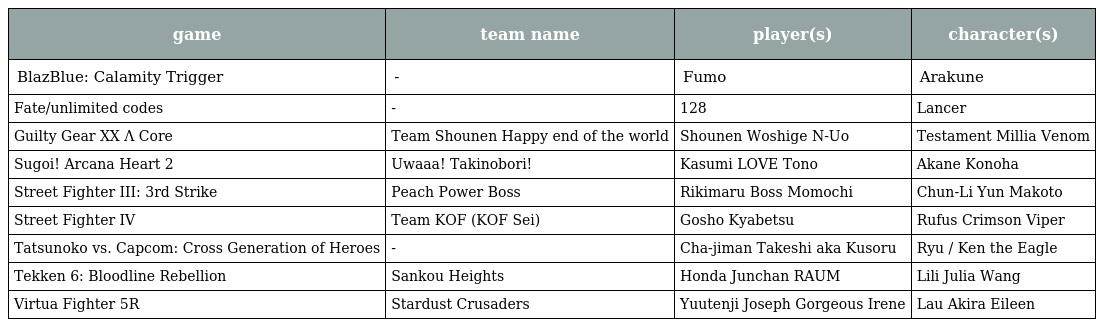
| game | team name | player(s) | character(s) |
 | --- | --- | --- | --- |
 | BlazBlue: Calamity Trigger | - | Fumo | Arakune |
 | Fate/unlimited codes | - | 128 | Lancer |
 | Guilty Gear XX Λ Core | Team Shounen Happy end of the world | Shounen Woshige N-Uo | Testament Millia Venom |
 | Sugoi! Arcana Heart 2 | Uwaaa! Takinobori! | Kasumi LOVE Tono | Akane Konoha |
 | Street Fighter III: 3rd Strike | Peach Power Boss | Rikimaru Boss Momochi | Chun-Li Yun Makoto |
 | Street Fighter IV | Team KOF (KOF Sei) | Gosho Kyabetsu | Rufus Crimson Viper |
 | Tatsunoko vs. Capcom: Cross Generation of Heroes | - | Cha-jiman Takeshi aka Kusoru | Ryu / Ken the Eagle |
 | Tekken 6: Bloodline Rebellion | Sankou Heights | Honda Junchan RAUM | Lili Julia Wang |
 | Virtua Fighter 5R | Stardust Crusaders | Yuutenji Joseph Gorgeous Irene | Lau Akira Eileen |